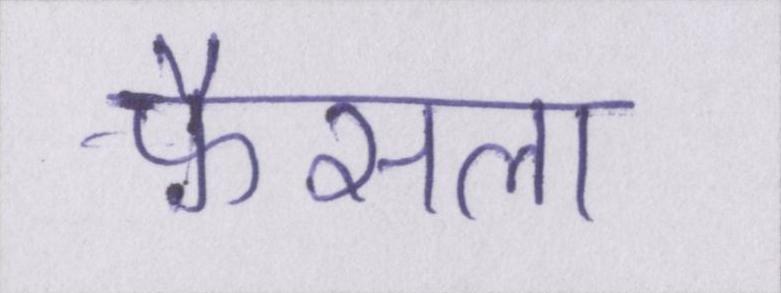
फ़ैसला